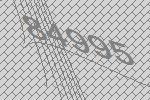
84995